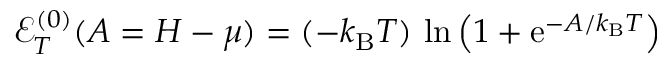
\begin{array} { r } { \mathcal E _ { T } ^ { ( 0 ) } ( A = H - \mu ) = ( - k _ { \mathrm { B } } T ) \, \ln { \left( 1 + \mathrm { e } ^ { - A / k _ { \mathrm { B } } T } \right) } } \end{array}